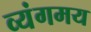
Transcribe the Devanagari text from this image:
व्यंगमय